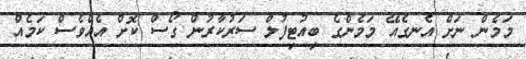
މަމެން ނަށް އެނގެއޭ މަމެންގެ ބިއުޓިފުލް ސަރުކާރުން ގޯސް ކޮށް އެއްވެސް ކަމެއް